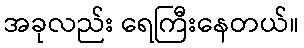
အခုလည်း ရေကြီးနေတယ်။